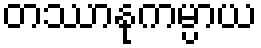
တဿာနုကမ္ပာယ